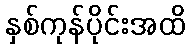
နှစ်ကုန်ပိုင်းအထိ